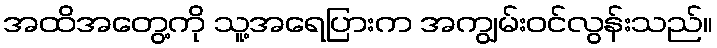
အထိအတွေ့ကို သူ့အရေပြားက အကျွမ်းဝင်လွန်းသည်။